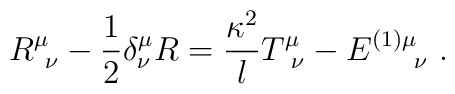
R^\mu_{\ \nu} -{1\over 2} \delta^\mu_\nu R   ={\kappa^2 \over l} T^\mu_{\ \nu} - E^{(1)\mu}_{\quad\ \nu} \ .